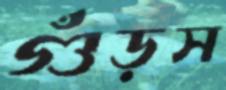
গুঁড়স